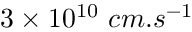
3 \times 1 0 ^ { 1 0 } \ c m . s ^ { - 1 }